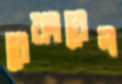
রেফারেল